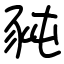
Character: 豘